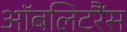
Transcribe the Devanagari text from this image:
ऑबलिटरैंस